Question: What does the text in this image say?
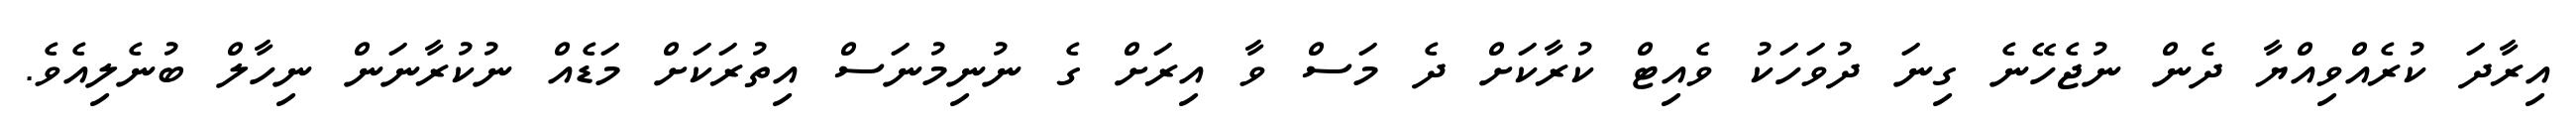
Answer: އިރާދަ ކުރެއްވިއްޔާ ދެން ނުޖެހޭނެ ގިނަ ދުވަހަކު ވެއިޓް ކުރާކަށް ދެ މަސް ވާ އިރަށް ގެ ނުނިމުނަސް އިތުރަކަށް މަޑެއް ނުކުރާނަން ނިހާލް ބުނެލިއެވެ.